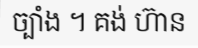
ច្បាំង ។ គង់ ហ៊ាន